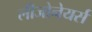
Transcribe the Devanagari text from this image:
लीजोनेयर्स